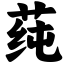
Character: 莼